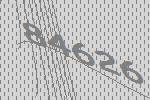
84626